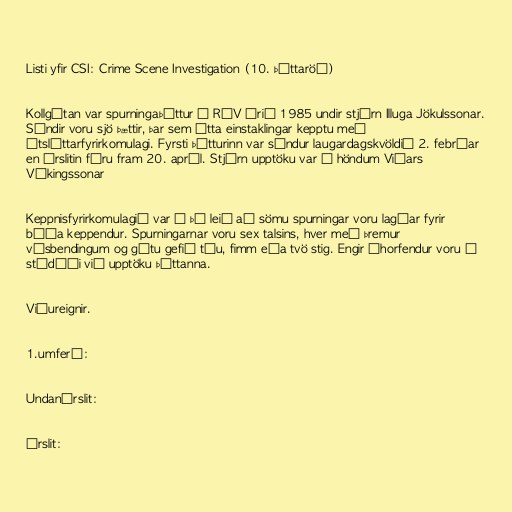
Listi yfir CSI: Crime Scene Investigation (10. þáttaröð)

Kollgátan var spurningaþáttur á RÚV árið 1985 undir stjórn Illuga Jökulssonar.
Sýndir voru sjö þættir, þar sem átta einstaklingar kepptu með
útsláttarfyrirkomulagi. Fyrsti þátturinn var sýndur laugardagskvöldið 2. febrúar
en úrslitin fóru fram 20. apríl. Stjórn upptöku var í höndum Viðars
Víkingssonar

Keppnisfyrirkomulagið var á þá leið að sömu spurningar voru lagðar fyrir
báða keppendur. Spurningarnar voru sex talsins, hver með þremur
vísbendingum og gátu gefið tíu, fimm eða tvö stig. Engir áhorfendur voru í
stúdíói við upptöku þáttanna.

Viðureignir.

1.umferð:

Undanúrslit:

Úrslit: